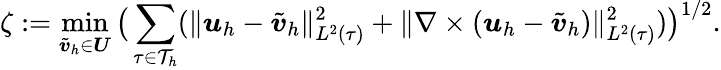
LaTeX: \zeta:=\operatorname*{min}_{\tilde{\boldsymbol{v}}_{h}\in\boldsymbol{U}}\big(\sum_{\tau\in\mathcal{T}_{h}}(\| \boldsymbol{u}_{h}-\tilde{\boldsymbol{v}}_{h}\| _{{L}^{2}(\tau)}^{2}+\| \nabla\times(\boldsymbol{u}_{h}-\tilde{\boldsymbol{v}}_{h})\| _{{L}^{2}(\tau)}^{2})\big)^{1/2}.